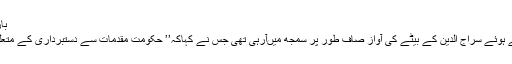
بارہ نام لیسادہ گاؤں کے تمام ہندو
مراد آباد سے فون پر بات کرتے ہوئے سراج الدین کے بیٹے کی آواز صاف طور پر سمجھ میںآرہی تھی جس نے کہاکہ’’ حکومت مقدمات سے دستبرداری کے متعلق سونچ بھی کیسے سکتی ہے؟